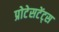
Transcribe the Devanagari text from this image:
प्रोटेसटेंट्स